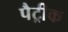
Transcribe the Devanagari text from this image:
पैट्रीक